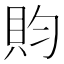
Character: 䝧